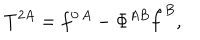
T ^ { 2 A } = f ^ { 0 \, A } - \Phi ^ { A B } \hat { f } ^ { B } ,